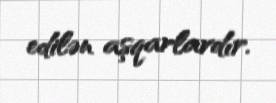
edilən aşqarlardır.